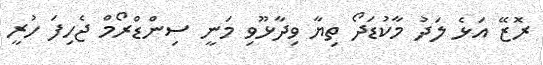
ރޮޒޭ އަޅެ ލަދު މާކުޑަދޯ ތިޔާ ވިދާޅޫވި މަނީ ސިންޑްރޯމް ޖެހިފަ ހުރީ